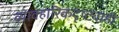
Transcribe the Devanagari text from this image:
व्यावहारिकदृष्ट्याही